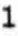
1